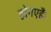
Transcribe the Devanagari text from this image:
होगएहैं।